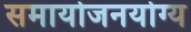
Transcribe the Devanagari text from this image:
समायोजनयोग्‍य